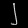
Digit: ၂